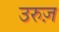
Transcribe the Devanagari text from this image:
उरुज़